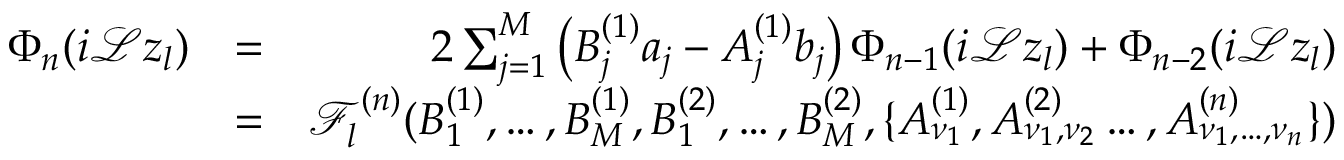
\begin{array} { r l r } { \Phi _ { n } ( i \mathcal { L } z _ { l } ) } & { = } & { 2 \sum _ { j = 1 } ^ { M } \left( B _ { j } ^ { ( 1 ) } a _ { j } - A _ { j } ^ { ( 1 ) } b _ { j } \right) \Phi _ { n - 1 } ( i \mathcal { L } z _ { l } ) + \Phi _ { n - 2 } ( i \mathcal { L } z _ { l } ) } \\ & { = } & { \mathcal { F } _ { l } ^ { ( n ) } ( B _ { 1 } ^ { ( 1 ) } , \dots , B _ { M } ^ { ( 1 ) } , B _ { 1 } ^ { ( 2 ) } , \dots , B _ { M } ^ { ( 2 ) } , \{ A _ { \nu _ { 1 } } ^ { ( 1 ) } , A _ { \nu _ { 1 } , \nu _ { 2 } } ^ { ( 2 ) } \dots , A _ { \nu _ { 1 } , \dots , \nu _ { n } } ^ { ( n ) } \} ) } \end{array}